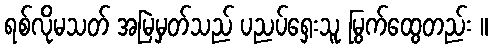
ရစ်လိုမသတ် အမြဲမှတ်သည် ပညပ်ရှေးသူ မြွက်ထွေတည်း ။